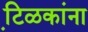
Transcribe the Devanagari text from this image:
टि़ळकांना